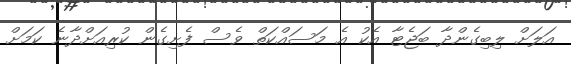
އަލަށް ލިބިގެންދާ ބަޖެޓާ އެކު އެ މަސައްކަތް ވެސް ފެށިގެން ކުރިއަށްދާނެ ކަމަށް